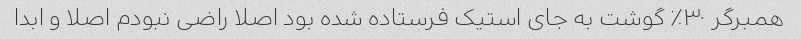
همبرگر ۳۰٪ گوشت به جای استیک فرستاده شده بود اصلا راضی نبودم اصلا و ابدا